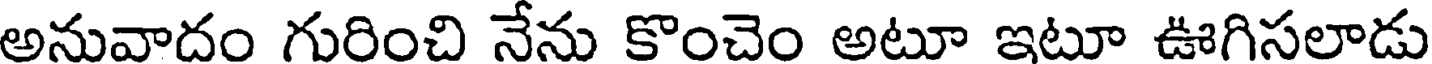
అనువాదం గురించి నేను కొంచెం అటూ ఇటూ ఊగిసలాడు